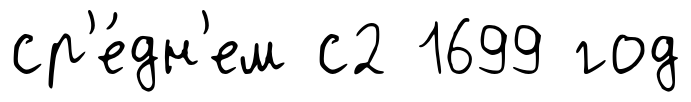
ср'е́дн'ем с2 1699 год